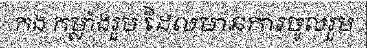
កង កម្លាំងរួម ដែលមានការចូលរួម